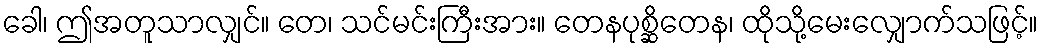
ခေါ၊ ဤအတူသာလျှင်။ တေ၊ သင်မင်းကြီးအား။ တေနပုစ္ဆိတေန၊ ထိုသို့မေးလျှောက်သဖြင့်။